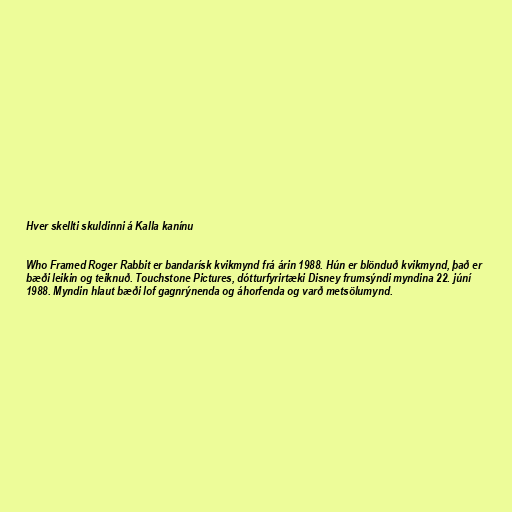
Hver skellti skuldinni á Kalla kanínu

Who Framed Roger Rabbit er bandarísk kvikmynd frá árin 1988. Hún er blönduð kvikmynd, það er
bæði leikin og teiknuð. Touchstone Pictures, dótturfyrirtæki Disney frumsýndi myndina 22. júní
1988. Myndin hlaut bæði lof gagnrýnenda og áhorfenda og varð metsölumynd.